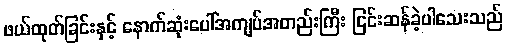
ဖယ်ထုတ်ခြင်းနှင့် နောက်ဆုံးပေါ်အကျပ်အတည်းကြီး ငြင်းဆန်ခဲ့ပါသေးသည်